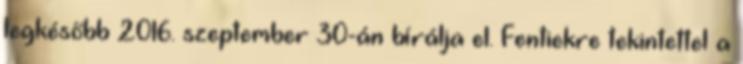
legkésőbb 2016. szeptember 30-án bírálja el. Fentiekre tekintettel a